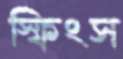
স্ফিংস